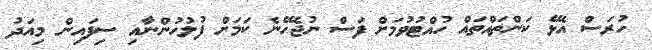
ހުރަސް އެޅޭ ކަންތައްތައް ހުއްޓުވުމަށް ފަސް ނުޖެހޭނެ ކަމަށް ފުލުހުންނާއި ސިފައިން މިއަދު